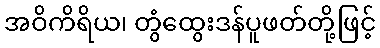
အဝိကိရိယ၊ တွံထွေးဒန်ပူဖတ်တို့ဖြင့်